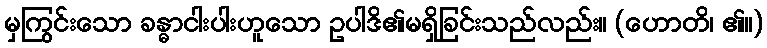
မှကြွင်းသော ခန္ဓာငါးပါးဟူသော ဥပါဒိ၏မရှိခြင်းသည်လည်း။ (ဟောတိ၊ ၏။)